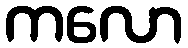
ကလော